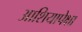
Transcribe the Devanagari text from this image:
आशियापेक्षा